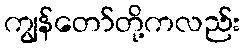
ကျွန်တော်တို့ကလည်း